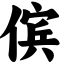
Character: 傧